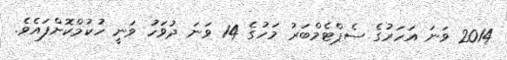
2014 ވަނަ އަހަރުގެ ސެޕްޓެމްބަރު މަހުގެ 14 ވަނަ ދުވަހު ވަނީ ހުކުމްކޮށްފައެވެ.